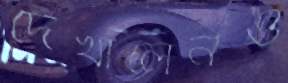
দেখালেনও